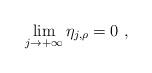
LaTeX: \begin{align*}\lim_{j\rightarrow+\infty}\eta_{j,\rho}=0~,\end{align*}